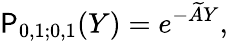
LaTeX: \mathsf{P}_{0,1;0,1}(Y)=e^{-\widetilde{A}Y},